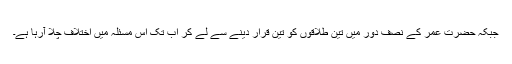
جبکہ حضرت عمرؓ کے نصف دور میں تین طلاقوں کو تین قرار دینے سے لے کر اب تک اس مسئلہ میں اختلاف چلا آرہا ہے۔